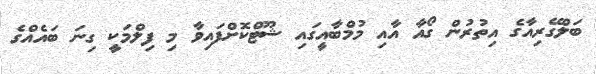
ބަލްގޭރިއާގެ އިތުރުން ގޯއާ އާއި މުމްބާއީގައި ޝޫޓްކޮށްފައިވާ މި ފިލްމަކީ ގިނަ ބައެއްގެ